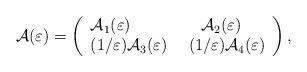
LaTeX: \begin{align*} \mathcal{A}(\varepsilon)= \left(\begin{array}{l}{\mathcal{A}}_{1}(\varepsilon)\ \ \ \ \ \ \ \ \ \ \ \ \ {\mathcal{A}}_{2}(\varepsilon) \\(1/\varepsilon){\mathcal{A}}_{3}(\varepsilon)\ \ \ \ (1/\varepsilon){\mathcal{A}}_{4}(\varepsilon)\end{array}\right),\end{align*}